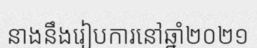
នាងនឹងរៀបការនៅឆ្នាំ២០២១